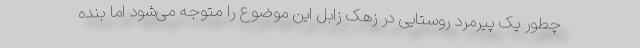
چطور یک پیرمرد روستایی در زهک زابل این موضوع را متوجه می‌شود اما بنده